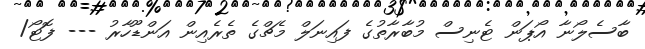
ބާސެލޯނާ އޯޕަން ޓެނިސް މުބާރާތުގެ ފައިނަލް މެޗްގެ ތެރެއިން އަންޑޫހާރު --- ފޮޓޯ/